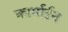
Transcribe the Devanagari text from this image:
कार्माईन